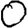
Digit: 0